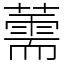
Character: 薷